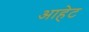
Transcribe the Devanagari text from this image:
आहेट